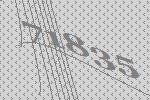
71835